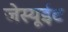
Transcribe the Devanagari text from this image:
जेस्यूईट